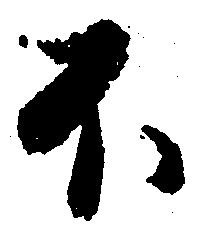
不